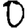
Digit: 0